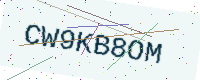
Text: CW9KB8OM